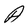
Character: A